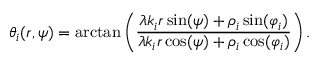
\theta _ { i } ( r , \psi ) = \arctan \left( \frac { \lambda k _ { i } r \sin ( \psi ) + \rho _ { i } \sin ( \varphi _ { i } ) } { \lambda k _ { i } r \cos ( \psi ) + \rho _ { i } \cos ( \varphi _ { i } ) } \right) .